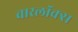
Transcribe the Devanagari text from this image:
वारलॉक्स